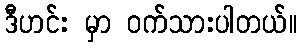
ဒီဟင်း မှာ ဝက်သားပါတယ်။